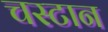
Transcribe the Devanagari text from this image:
चस्टान